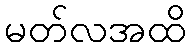
မတ်လအထိ